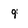
Character: 9